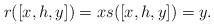
LaTeX: \begin{align*}r ([ x, h , y ] )= x s([ x, h , y ]) = y.\end{align*}